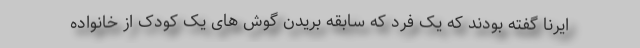
ایرنا گفته بودند که یک فرد که سابقه بریدن گوش های یک کودک از خانواده